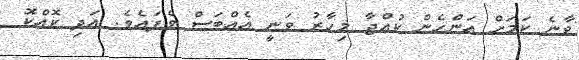
ވާނެ ކަމަށް އަންހެން ކުއްޖާ މިހާރު ވަނީ އެއްބަސް ވެފައެވެ. އަދި ކޮއްކޮ